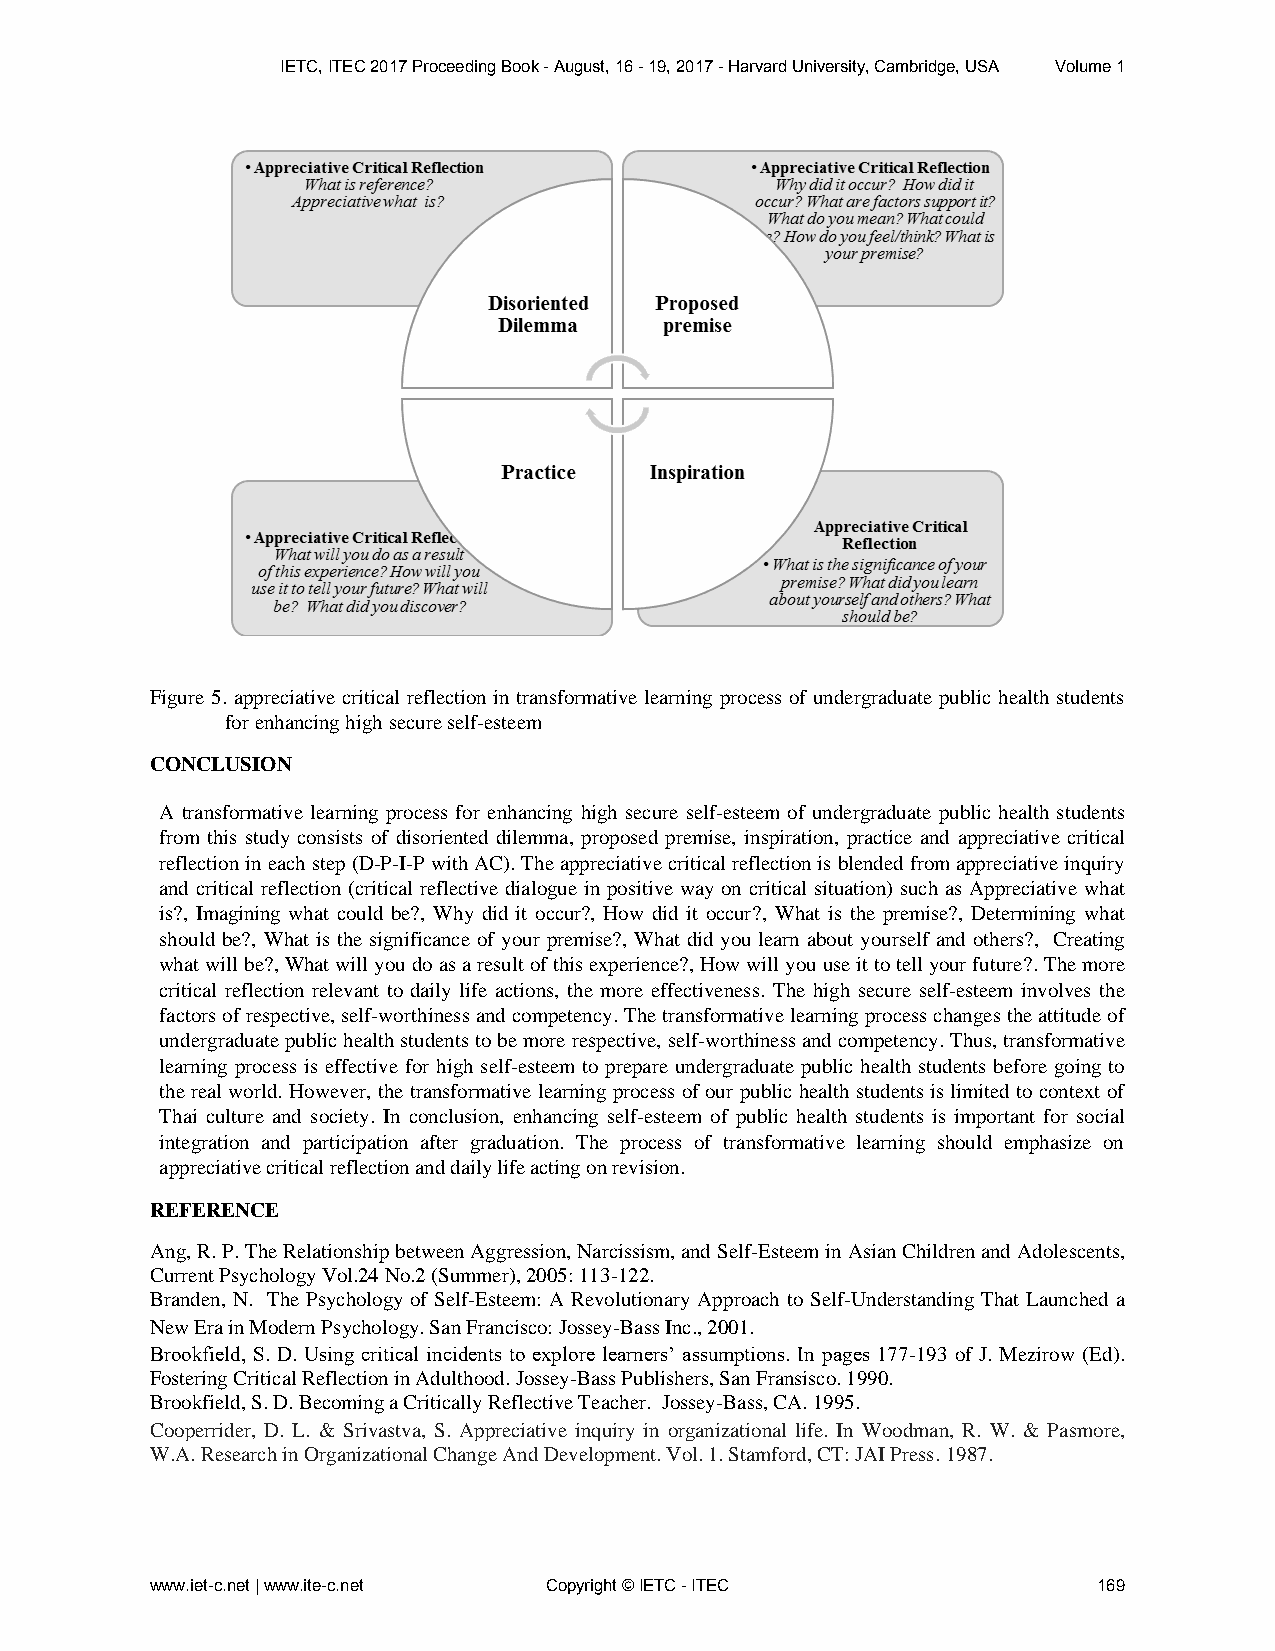
IETC, ITEC 2017 Proceeding Book - August, 16 - 19, 2017 - Harvard University, Cambridge, USA Volume 1
 Figure 5. appreciative critical reflection in transformative learning process of undergraduate public health students
 for enhancing high secure self-esteem
 CONCLUSION
 A transformative learning process for enhancing high secure self-esteem of undergraduate public health students
 from this study consists of disoriented dilemma, proposed premise, inspiration, practice and appreciative critical
 reflection in each step (D-P-I-P with AC). The appreciative critical reflection is blended from appreciative inquiry
 and critical reflection (critical reflective dialogue in positive way on critical situation) such as Appreciative what
 is?, Imagining what could be?, Why did it occur?, How did it occur?, What is the premise?, Determining what
 should be?, What is the significance of your premise?, What did you learn about yourself and others?, Creating
 what will be?, What will you do as a result of this experience?, How will you use it to tell your future?. The more
 critical reflection relevant to daily life actions, the more effectiveness. The high secure self-esteem involves the
 factors of respective, self-worthiness and competency. The transformative learning process changes the attitude of
 undergraduate public health students to be more respective, self-worthiness and competency. Thus, transformative
 learning process is effective for high self-esteem to prepare undergraduate public health students before going to
 the real world. However, the transformative learning process of our public health students is limited to context of
 Thai culture and society. In conclusion, enhancing self-esteem of public health students is important for social
 integration and participation after graduation. The process of transformative learning should emphasize on
 appreciative critical reflection and daily life acting on revision.
 REFERENCE
 Ang, R. P. The Relationship between Aggression, Narcissism, and Self-Esteem in Asian Children and Adolescents,
 Current Psychology Vol.24 No.2 (Summer), 2005: 113-122.
 Branden, N. The Psychology of Self-Esteem: A Revolutionary Approach to Self-Understanding That Launched a
 New Era in Modern Psychology. San Francisco: Jossey-Bass Inc., 2001.
 Brookfield, S. D. Using critical incidents to explore learners’ assumptions. In pages 177-193 of J. Mezirow (Ed).
 Fostering Critical Reflection in Adulthood. Jossey-Bass Publishers, San Fransisco. 1990.
 Brookfield, S. D. Becoming a Critically Reflective Teacher. Jossey-Bass, CA. 1995.
 Cooperrider, D. L. & Srivastva, S. Appreciative inquiry in organizational life. In Woodman, R. W. & Pasmore,
 W.A. Research in Organizational Change And Development. Vol. 1. Stamford, CT: JAI Press. 1987.
 www.iet-c.net | www.ite-c.net Copyright © IETC - ITEC          169